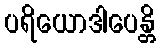
ပရိယောဒါပေန္တိ